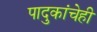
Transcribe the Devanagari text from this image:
पादुकांचेही